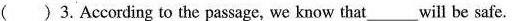
( ) 3. According to the passage, we know that___will be safe.